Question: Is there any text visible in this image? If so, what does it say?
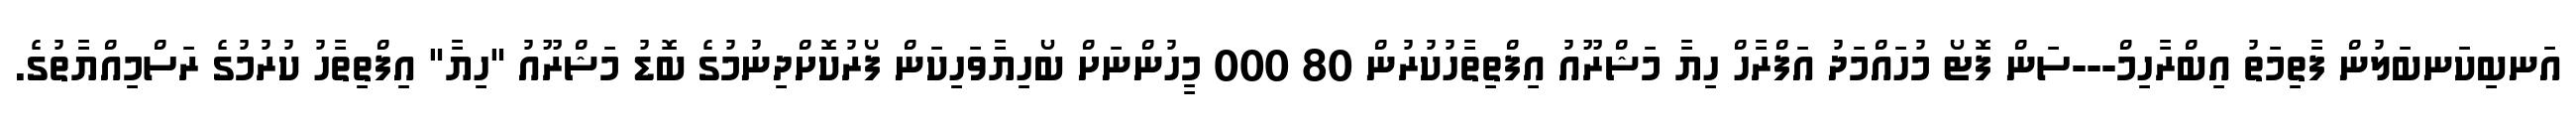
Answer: އަނބިކަނބަލުން ފާތިމަތު އިބްރާހިމް---ސަން ފޮޓޯ މުހައްމަދު އަފްރާހް ހިޔާ މަޝްރޫއު އިފްތިތާހުކުރުން 80 000 މީހުންނަށް ބޯހިޔާވަހިކަން ފޯރުކޮށްދިނުމުގެ ބޮޑު މަޝްރޫއު "ހިޔާ" އިފްތިތާހު ކުރުމުގެ ރަސްމިއްޔާތުގެ.